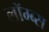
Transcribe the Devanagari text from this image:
लॉम्ब्स